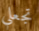
تجعلي